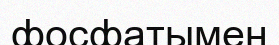
фосфатымен